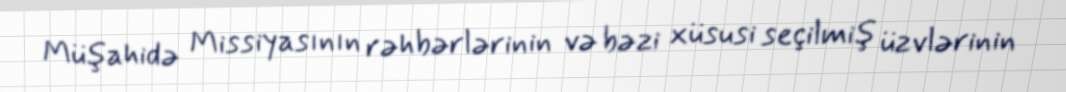
Müşahidə Missiyasının rəhbərlərinin və bəzi xüsusi seçilmiş üzvlərinin